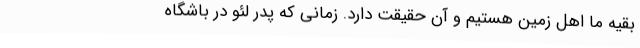
بقیه ما اهل زمین هستیم و آن حقیقت دارد. زمانی که پدر لئو در باشگاه